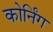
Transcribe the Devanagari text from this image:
कोर्निंग